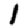
Digit: 1